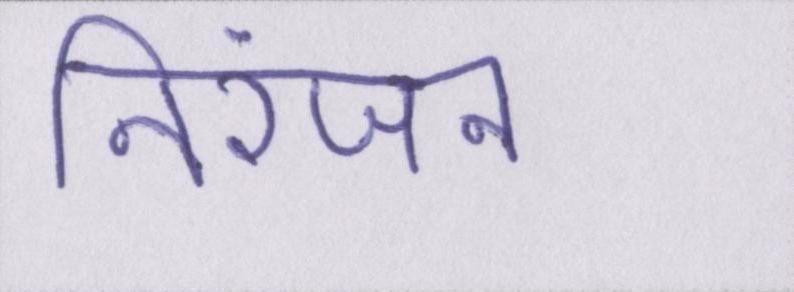
निरंजन